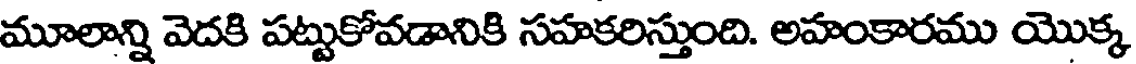
మూలాన్ని వెదకి పట్టుకోవడానికి సహకరిస్తుంది. అహంకారము యొక్క